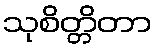
သုစိတ္တိတာ